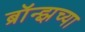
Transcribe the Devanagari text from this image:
ब्रॉन्झच्या